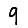
Digit: 9